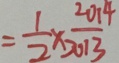
= \frac { 1 } { 2 } \times \frac { 2 0 1 4 } { 2 0 1 3 }